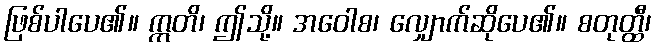
ဖြစ်ပါပေ၏။ ဣတိ၊ ဤသို့။ အဝေါစ၊ လျှောက်ဆိုပေ၏။ စတုတ္ထီ၊